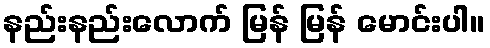
နည်းနည်းလောက် မြန် မြန် မောင်းပါ။